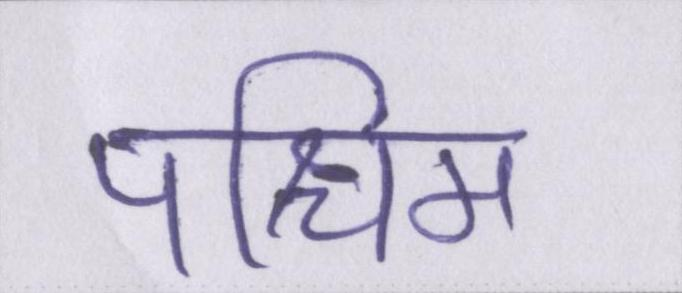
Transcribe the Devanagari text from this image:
पश्चिम